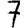
Digit: 7